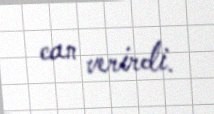
can verirdi.